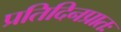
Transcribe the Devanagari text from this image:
प्रतिदिनप्रातः